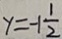
y = - 1 \frac { 1 } { 2 }